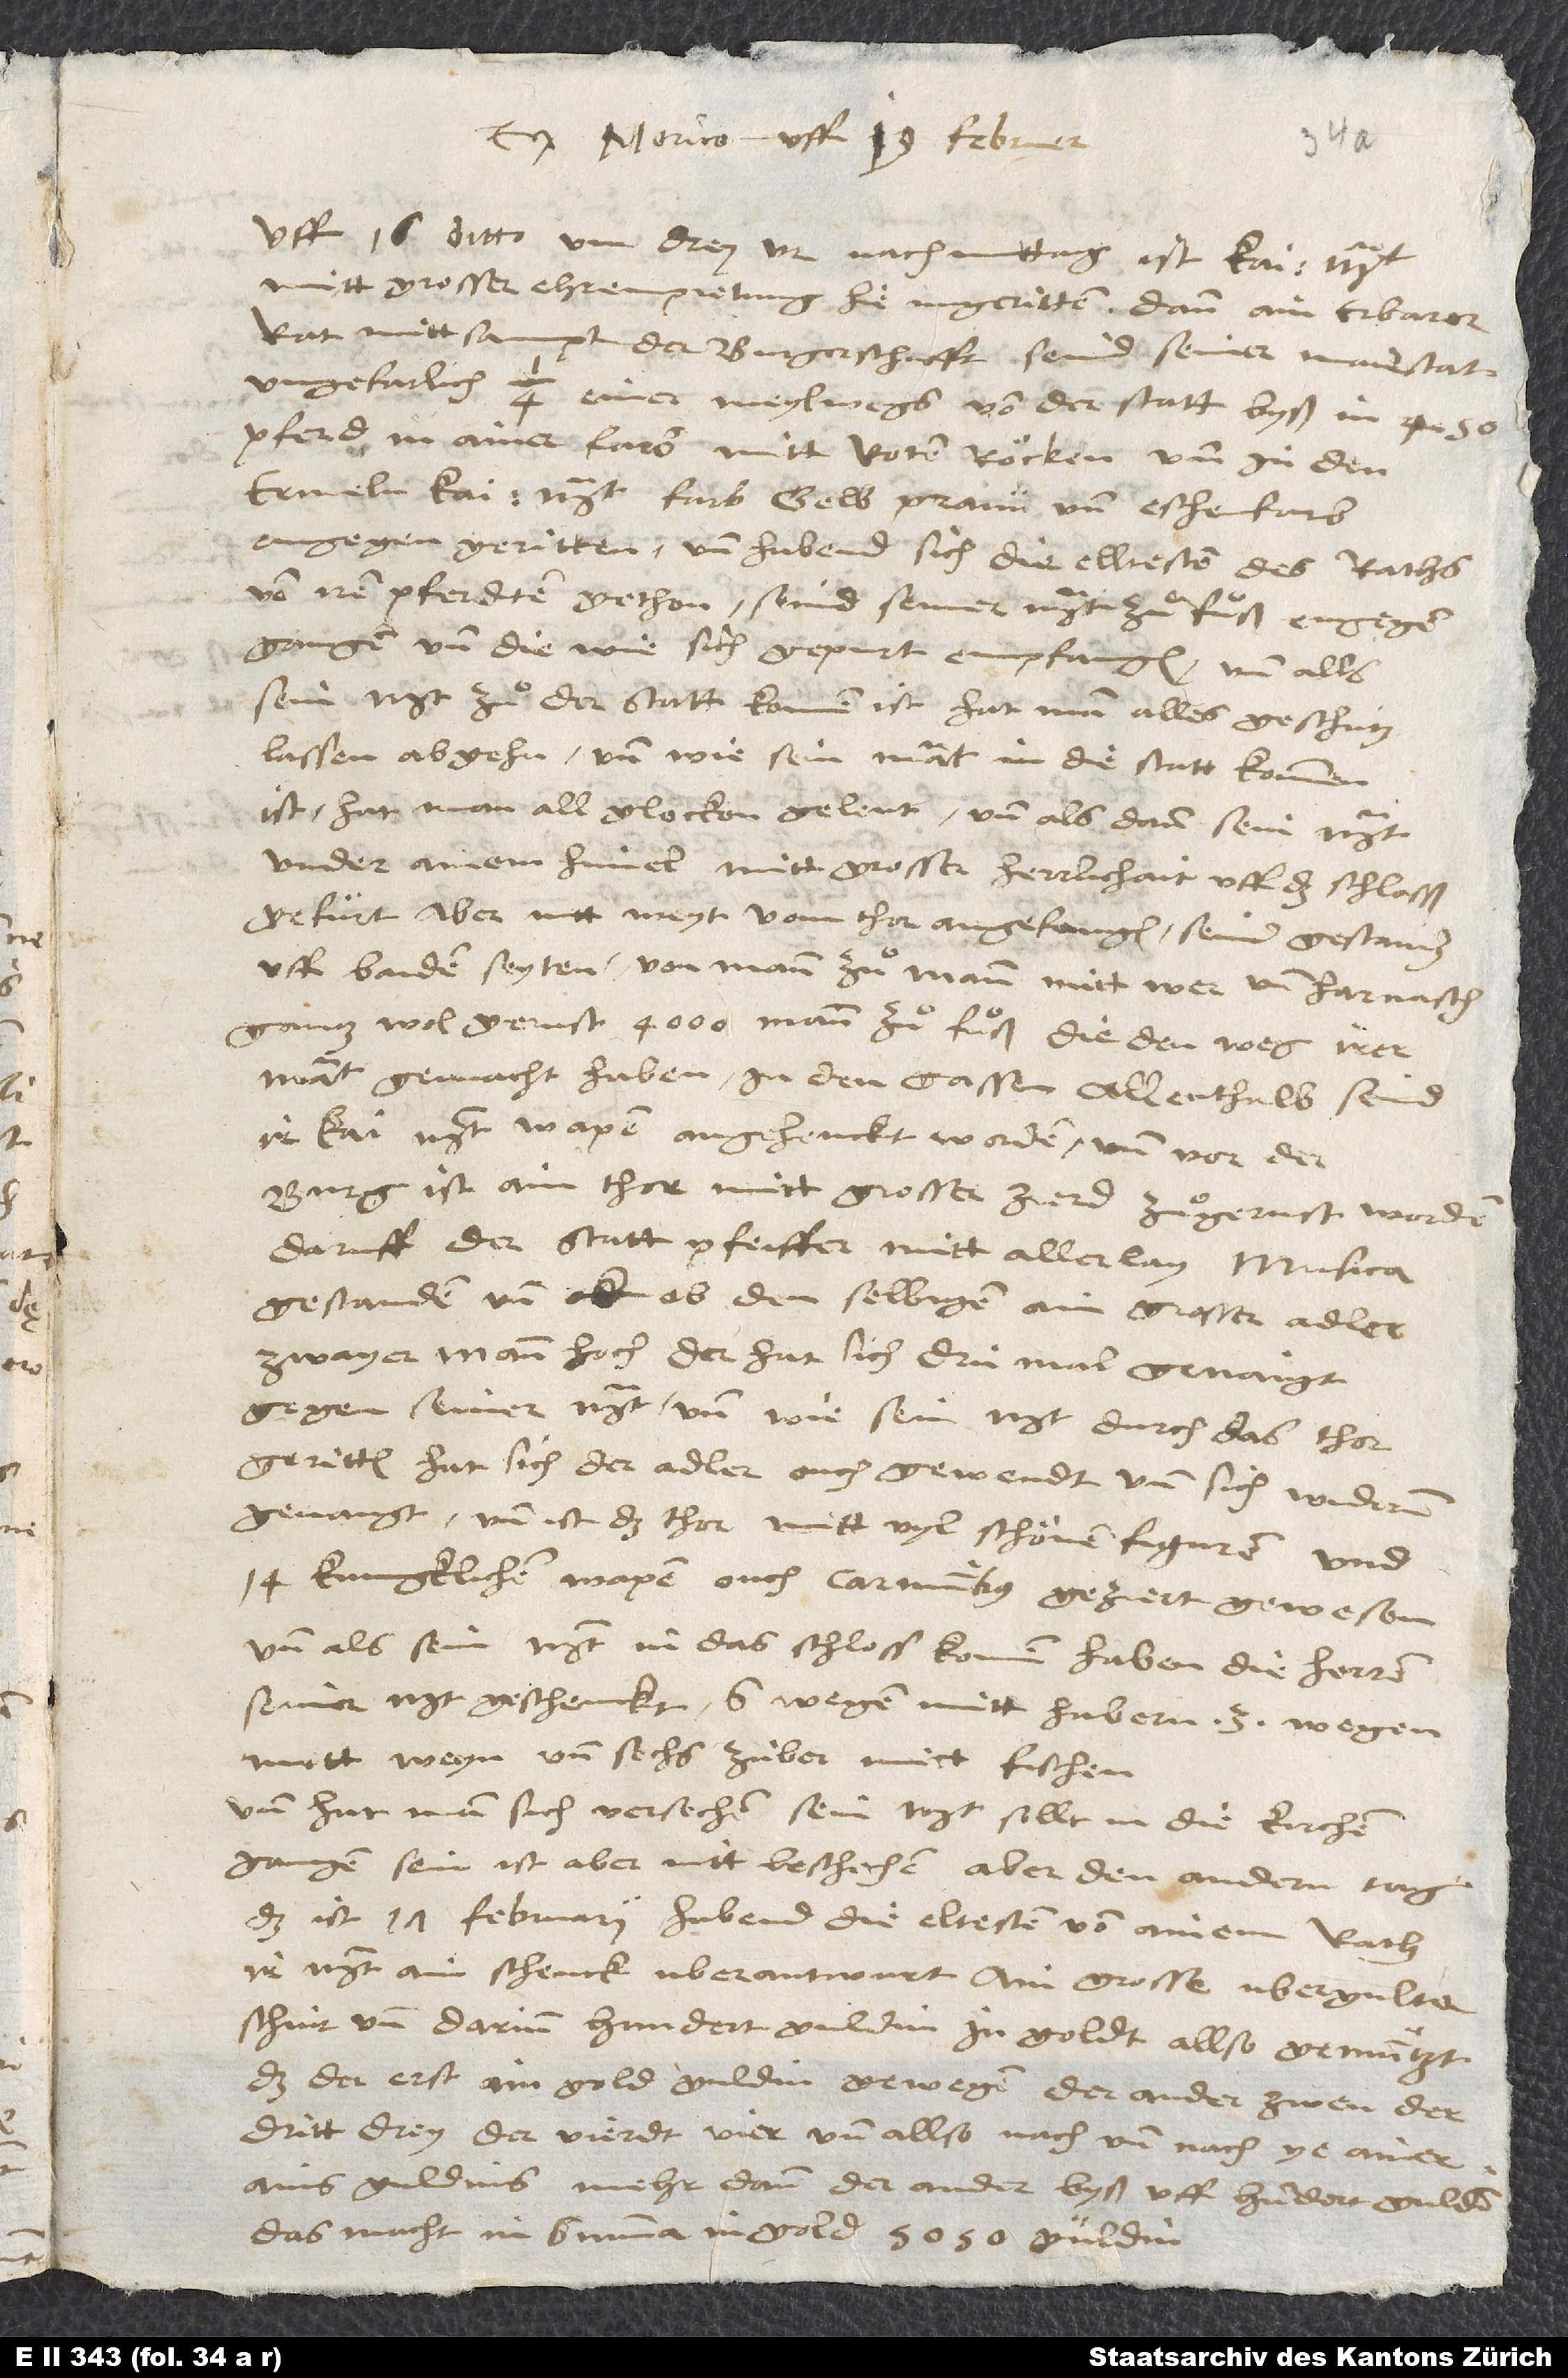
Ex Norico uff 19. februar:
Uff 16. ditto um drey ur nachmittag ist kait
mitt grosser ehrempietung hie ingeritten; dann ain erbarer
rat mittsampt der burgerschafft seind seiner majestat
ungefarlich 1/4 einer meyl wegs von der statt, byß in 450
pferd, in ainer farb mitt roten röcken und in den
ermeln kai. mt. farb, gelb, praun und eschenfarb,
engegengeritten, und habend sich die elltesten des raths
von iren pferdten gethon, seind seiner mt. zuͦ fuͦß engegen
gangen und die, wie sich gepurt, empfangen, und alls
sein mt. zuͦ der statt komen ist, hat man alles geschütz
lassen abgehn, und wie sein mat. in die statt kommen
ist, hat man all glocken geleut, und als dann sein mt.
under ainem himel mitt grosser herrlichait uff das schlosß
gefürt, aber nitt weyt vom thor angefangen seind gestanden
uff baiden seyten von mann zuͦ mann mitt wer und harnasch
gantz wol gerust 4000 mann zuͦ fuͦß, die den weg irer
mat. gemacht haben. In den gassen allenthalb seind
ir kai. mt. wapen angehenckt worden, und vor der
burg ist ain thor mitt grosser zierd zuͦgerust worden,
daruff der statt pfeiffer mitt allerlay musica
gestanden, und ob den selbigen ain grosser adler,
zwayer mann hoch, der hat sich drü mal genaigt
gegen seiner mt. Und wie sein mt. durch das thor
geritten, hat sich der adler ouch gewendt und sich widerum
genaigt, und ist das thor mitt vyl schönen figuren und
14 kungklichen wapen, ouch carminibus geziert gewesen.
Und als sein mt. in das schloss komen, haben die herren
seiner mt. geschenkt 6 wegen mitt habern, 3 wegen
mitt weyn und sechs zuber mitt fischen.
Und hat man sich versechen, sein mt. sollt in die kirchen
gangen sein; ist aber nitt beschechen. Aber den andern tag,
das ist 17. februarii, habend die eltesten von ainem rath
ir mt. ain schenck uberantwurt, ain grosse ubergultne
schuit und darinn hundert guldin in goldt allso gemüntzt,
das der erst ain gold guldin gewogen, der ander zwen, der
dritt drey, der vierdt vier und allso nach und nach ye ainer
ains guldins mehr dann der ander byß uff 100 gulden;
das macht in summa in gold 5050 güldin.